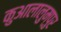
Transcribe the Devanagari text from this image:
कुआलालुम्पुर